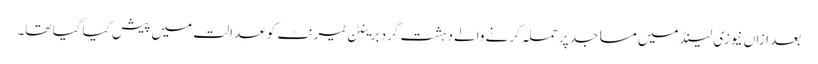
بعد ازاں نیوزی لینڈ میں مساجد پر حملہ کرنے والے دہشت گرد برینٹن ٹیرنٹ کو عدالت میں پیش کیا گیا تھا۔